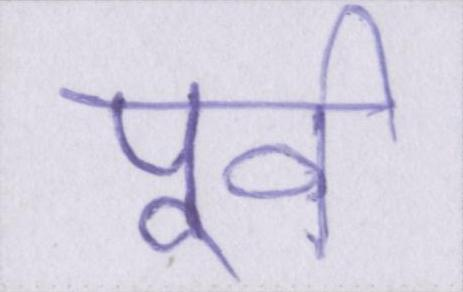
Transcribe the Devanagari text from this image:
पूर्व